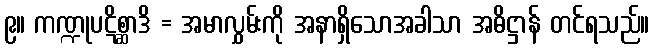
၉။ ကဏ္ဍုပဋိစ္ဆာဒိ = အမာလွှမ်းကို အနာရှိသောအခါသာ အဓိဋ္ဌာန် တင်ရသည်။